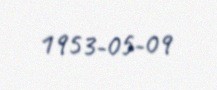
1953-05-09